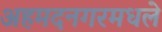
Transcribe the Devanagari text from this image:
अहमदनगरमधले